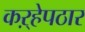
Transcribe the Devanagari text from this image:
कऱ्हेपठार